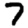
Digit: 7